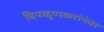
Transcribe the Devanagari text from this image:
चिपळूणकरांनंतर